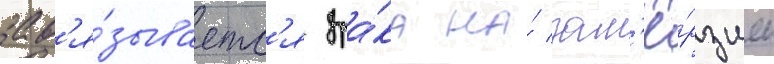
зав'я́зываетс'я дра́ка на́ зам'ё́рзшем